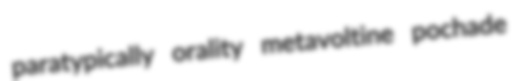
paratypically orality metavoltine pochade